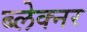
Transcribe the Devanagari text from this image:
ब्लेक्नर